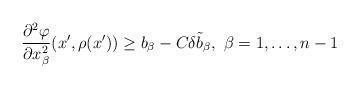
LaTeX: \begin{align*}\frac{\partial^2 \varphi}{\partial x_\beta^2} (x', \rho (x')) \geq b_\beta - C \delta \tilde{b}_\beta, \ \beta = 1, \ldots, n-1\end{align*}